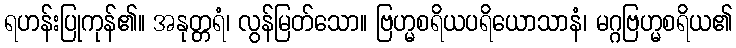
ရဟန်းပြုကုန်၏။ အနုတ္တရံ၊ လွန်မြတ်သော။ ဗြဟ္မစရိယပရိယောသာနံ၊ မဂ္ဂဗြဟ္မစရိယ၏